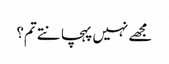
مجھے نہیں پہچانتے تم؟